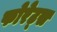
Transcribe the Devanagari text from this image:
फोरेट्स